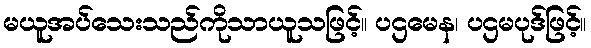
မယူအပ်သေးသည်ကိုသာယူသဖြင့်။ ပဌမေန၊ ပဌမပုဒ်ဖြင့်။